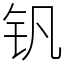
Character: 钒